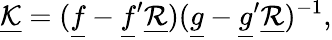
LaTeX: \underline{{\mathcal{K}}}=(\underline{{f}}-\underline{{f}}^{\prime}\underline{{\mathcal{R}}})(\underline{{g}}-\underline{{g}}^{\prime}\underline{{\mathcal{R}}})^{-1},